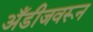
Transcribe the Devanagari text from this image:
अँडीजवरून